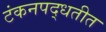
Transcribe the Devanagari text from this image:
टंकनपद्धतीत